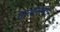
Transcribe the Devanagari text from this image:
माध्यमानेच